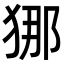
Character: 𭸐